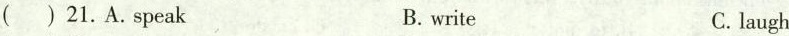
.( ) 21.A.Speak B. write C.laugh